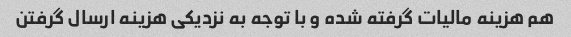
هم هزینه مالیات گرفته شده و با توجه به نزدیکی هزینه ارسال گرفتن